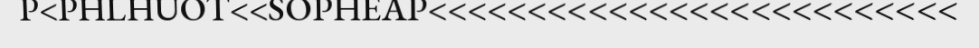
P<PHLHUOT<<SOPHEAP<<<<<<<<<<<<<<<<<<<<<<<<<<